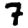
Digit: 7